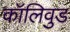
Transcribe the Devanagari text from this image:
कॉलिवुड